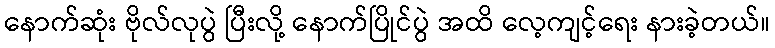
နောက်ဆုံး ဗိုလ်လုပွဲ ပြီးလို့ နောက်ပြိုင်ပွဲ အထိ လေ့ကျင့်ရေး နားခဲ့တယ်။